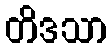
တိဒသာ